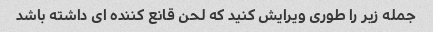
جمله زیر را طوری ویرایش کنید که لحن قانع کننده ای داشته باشد